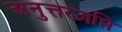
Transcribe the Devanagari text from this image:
अनुत्तरज्ञप्ति